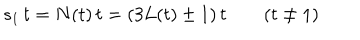
s _ { 1 } \, t = N ( t ) \, t = ( 3 L ( t ) \pm 1 ) \, t \qquad ( t \neq 1 )